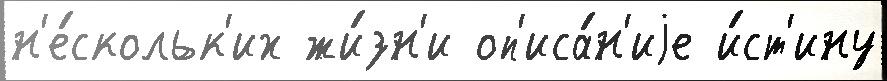
н'е́скольк'их жи́зн'и оп'иса́н'иjе и́ст'ину